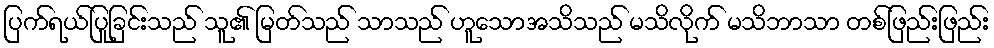
ပြက်ရယ်ပြုခြင်းသည် သူ၏ မြတ်သည် သာသည် ဟူသောအသိသည် မသိလိုက် မသိဘာသာ တစ်ဖြည်းဖြည်း